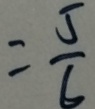
= \frac { 5 } { 6 }